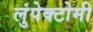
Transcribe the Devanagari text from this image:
लुंपेक्टोमी